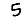
Digit: 5